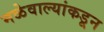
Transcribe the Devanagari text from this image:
मळेवाल्यांकडून